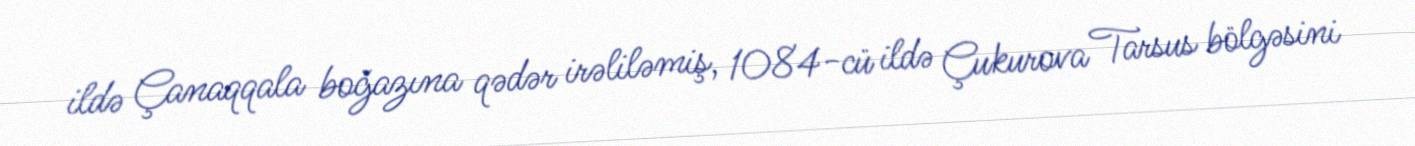
ildə Çanaqqala boğazına qədər irəliləmiş, 1084-cü ildə Çukurova Tarsus bölgəsini